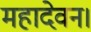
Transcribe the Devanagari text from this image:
महादेवन।